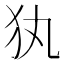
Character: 犱